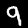
Label: 9